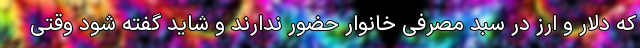
که دلار و ارز در سبد مصرفی خانوار حضور ندارند و شاید گفته شود وقتی